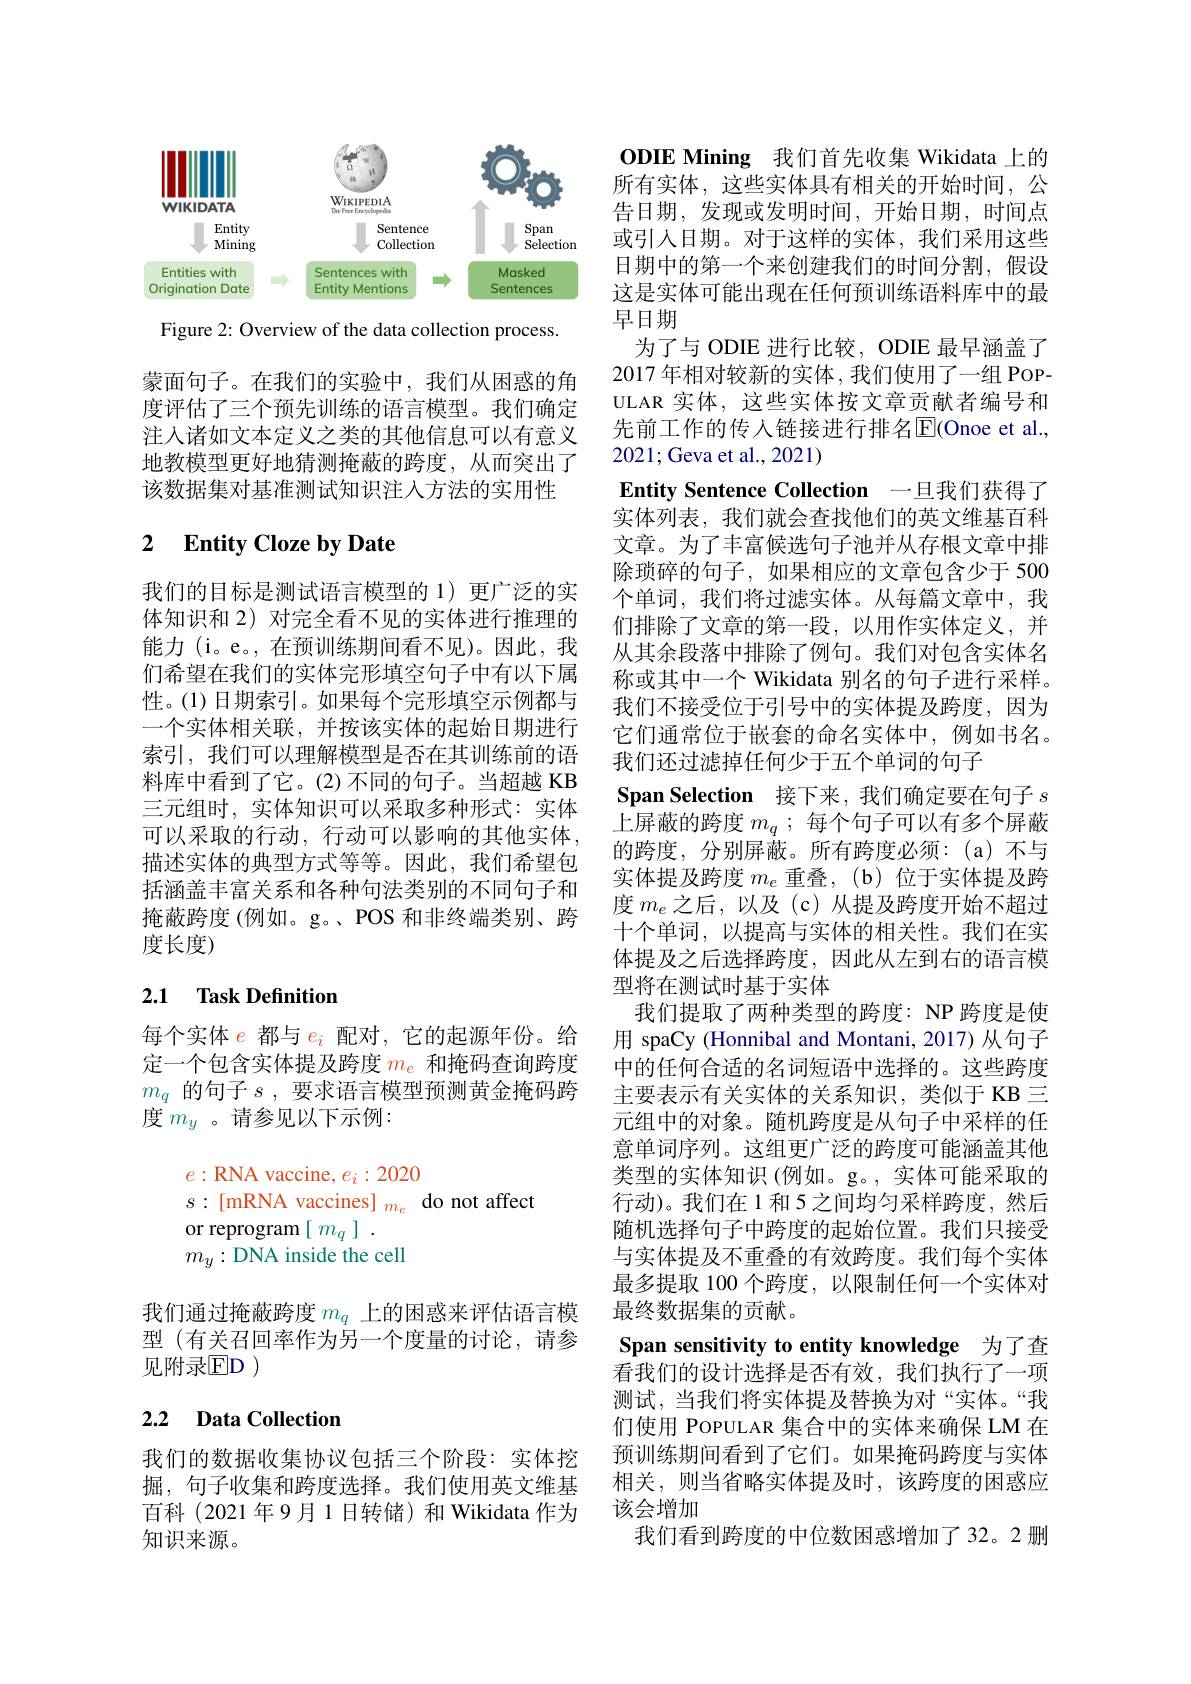
<FigureHere>

Figure 2: Overview of the data collection process

蒙面句子。在我们的实验中，我们从困惑的角度评估了三个预先训练的语言模型。我们确定注入诸如文本定义之类的其他信息可以有意义地教模型更好地猜测掩蔽的跨度，从而突出了该数据集对基准测试知识注入方法的实用性

### 2 $\textbf{Entity Cloze by Date}$

我们的目标是测试语言模型的 1) 更广泛的实体知识和 2) 对完全看不见的实体进行推理的能力 (i。e。,在预训练期间看不见)。因此，我们希望在我们的实体完形填空句子中有以下属性。(1)日期索引。如果每个完形填空示例都与一个实体相关联，并按该实体的起始日期进行索引，我们可以理解模型是否在其训练前的语料库中看到了它。(2)不同的句子。当超越 KB 三元组时，实体知识可以采取多种形式：实体可以采取的行动，行动可以影响的其他实体， 描述实体的典型方式等等。因此，我们希望包括涵盖丰富关系和各种句法类别的不同句子和掩蔽跨度 (例如。g。、POS 和非终端类别、跨度长度)

## 2.1 Task Definition

每个实体$e$都与$e_i$配对，它的起源年份。给定一个包含实体提及跨度$m_e$和掩码查询跨度$m_q$的句子$s$,要求语言模型预测黄金掩码跨度$m_y$ 。请参见以下示例：
$e:$RNA vaccine, $e_i:2020$
$s:[$mRNA vaccines] $_{m_e}$ do not affect
or reprogram$[m_q].$
$m_y:$DNA inside the cell
我们通过掩蔽跨度$m_q$上的困惑来评估语言模

型 (有关召回率作为另一个度量的讨论，请参
见附录$\mathbb{E}$D )

## 2.2 Data Collection

我们的数据收集协议包括三个阶段：实体挖掘，句子收集和跨度选择。我们使用英文维基百科(2021年9月1日转储)和Wikidata 作为知识来源。

ODIE Mining 我们首先收集 Wikidata 上的所有实体，这些实体具有相关的开始时间，公告日期，发现或发明时间，开始日期，时间点或引入日期。对于这样的实体，我们采用这些日期中的第一个来创建我们的时间分割，假设这是实体可能出现在任何预训练语料库中的最早日期
为了与 ODIE 进行比较，ODIE 最早涵盖了2017 年相对较新的实体，我们使用了一组 POPULAR 实体，这些实体按文章贡献者编号和先前工作的传入链接进行排名E$( Onoe et al. $, 2021; Geva et al., 2021)
Entity Sentence Collection 一旦我们获得了实体列表，我们就会查找他们的英文维基百科文章。为了丰富候选句子池并从存根文章中排除琐碎的句子，如果相应的文章包含少于 500个单词，我们将过滤实体。从每篇文章中，我们排除了文章的第一段，以用作实体定义，并从其余段落中排除了例句。我们对包含实体名称或其中一个 Wikidata 别名的句子进行采样。我们不接受位于引号中的实体提及跨度，因为它们通常位于嵌套的命名实体中，例如书名。我们还过滤掉任何少于五个单词的句子
Span Selection 接下来，我们确定要在句子$s$ 上屏蔽的跨度$m_q$ ;每个句子可以有多个屏蔽的跨度，分别屏蔽。所有跨度必须：(a)不与实体提及跨度$m_e$重叠，(b)位于实体提及跨度$m_e$之后，以及(c)从提及跨度开始不超过十个单词，以提高与实体的相关性。我们在实体提及之后选择跨度，因此从左到右的语言模型将在测试时基于实体
我们提取了两种类型的跨度：NP 跨度是使用 spaCy (Honnibal and Montani, 2017) 从句子中的任何合适的名词短语中选择的。这些跨度主要表示有关实体的关系知识，类似于 KB 三元组中的对象。随机跨度是从句子中采样的任意单词序列。这组更广泛的跨度可能涵盖其他类型的实体知识(例如。g。,实体可能采取的行动)。我们在 1 和 5 之间均匀采样跨度，然后随机选择句子中跨度的起始位置。我们只接受与实体提及不重叠的有效跨度。我们每个实体最多提取 100 个跨度，以限制任何一个实体对最终数据集的贡献。
Span sensitivity to entity knowledge 为了查看我们的设计选择是否有效，我们执行了一项测试，当我们将实体提及替换为对“实体。“我们使用 POPULAR 集合中的实体来确保 LM 在预训练期间看到了它们。如果掩码跨度与实体相关，则当省略实体提及时，该跨度的困惑应该会增加
我们看到跨度的中位数困惑增加了 32。2 删